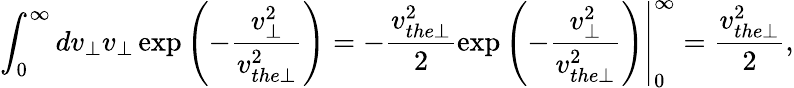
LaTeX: \int_{0}^{\infty}dv_{\perp}v_{\perp}\exp\left(-\frac{v_{\perp}^{2}}{v_{the\perp}^{2}}\right)=-\frac{v_{the\perp}^{2}}{2}\left.\exp\left(-\frac{v_{\perp}^{2}}{v_{the\perp}^{2}}\right)\right|_{0}^{\infty}=\frac{v_{the\perp}^{2}}{2},